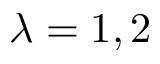
\lambda = 1 , 2